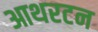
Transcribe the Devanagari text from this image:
आथरटन